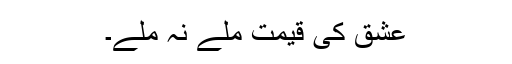
عشق کی قیمت ملے نہ ملے۔